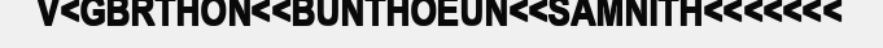
V<GBRTHON<<BUNTHOEUN<<SAMNITH<<<<<<<